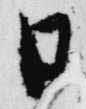
日